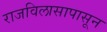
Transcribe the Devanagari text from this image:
राजविलासापासून